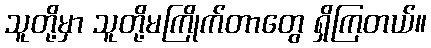
သူတို့မှာ သူတို့မကြိုက်တာတွေ ရှိကြတယ်။